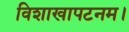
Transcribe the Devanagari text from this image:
विशाखापटनम।